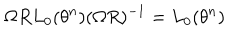
LaTeX: \Omega R L _ { 0 } ( \theta ^ { n } ) ( \Omega R ) ^ { - 1 } = L _ { 0 } ( \theta ^ { n } )